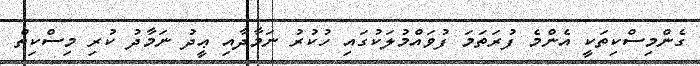
ގެންމިސްކިތަކީ އެންމެ ފުރަތަމަ ފުވައްމުލަކުގައި ހުކުރު ނަމާދާއި ޢީދު ނަމާދު ކުރި މިސްކިތް